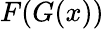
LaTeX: F(G(x))